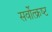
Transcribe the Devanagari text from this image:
सर्वोत्‍क्रष्‍ट